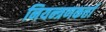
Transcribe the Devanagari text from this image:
नियन्त्रणकर्त्ता